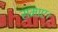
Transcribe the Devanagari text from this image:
समाए।